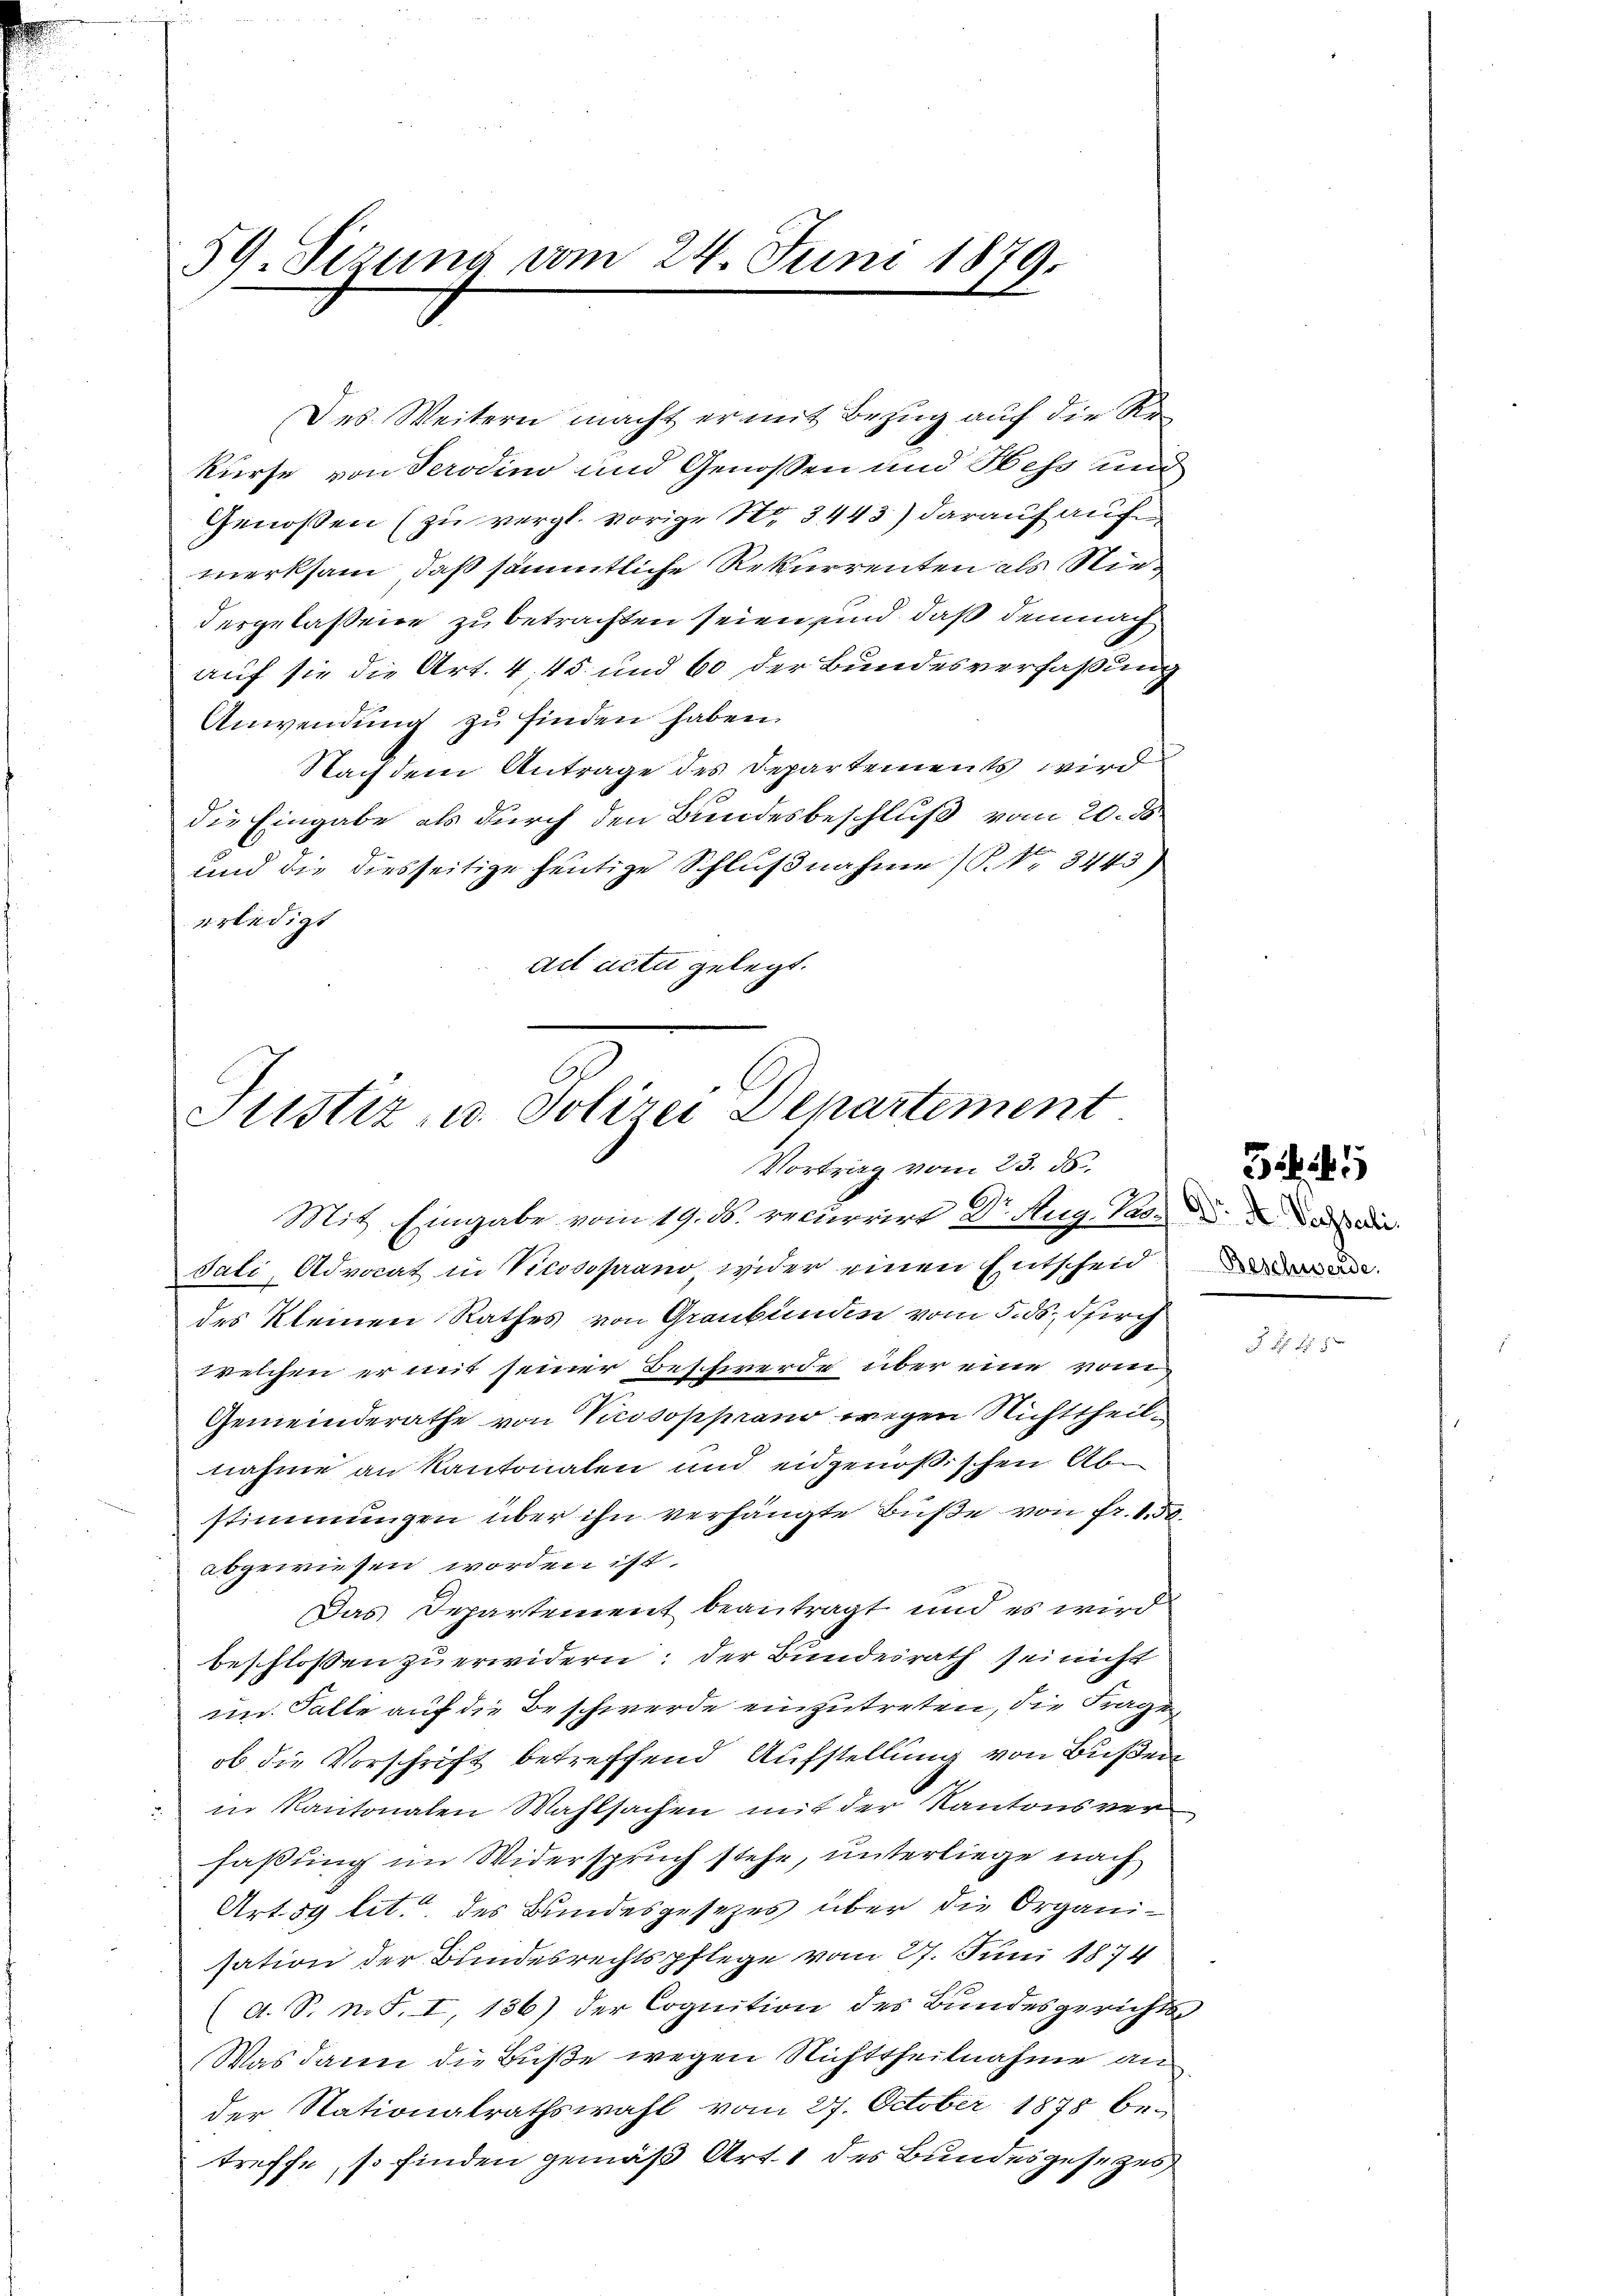
59. Sizung vom 24. Juni 1879.

Des Weitern macht er mit Bezug auf die Rekurse von Serodino und Genoßen und Hess und
Genossen (zu vergl. vorige Str. 3443) darauf auf
merksam, daß sämmtliche Rekurrenten als Niedergelassene zu betrachten seien sind, daß demnach
auf sie die Art. 445 und 60 der Bundesverfaßung
Anwendung zu finden haben.
Nachdem Antrage des Departements wird
die Eingabe als durch den Bundesbeschluß vom 20. d
und die diesseitige heutige Schlußnahme) P. Nr. 3443)
erledigt
ad acta gelegt.

Sistiz- u. Polizei Departement
Vortrag vom 23. ds.
Mit. Eingabe vom 19. ds. recurrirt Dr. Aug. 120. d. d. das die

Sati, Advocat in Vicosoprano, wider einen Entscheid
des Kleinen Rathes von Graubünden vom 5. ds. durch
welchen er mit seiner Beschwerde über eine vom
Gemeinderathe von Vicosopprano wegen Nichttheilnahme an Kantonalen und eidgenößischen Abstimmungen über ihn verhängte Buße von Fr. 150
abgewiesen worden ist.
Das Departement beantragt und es wird
beschlossen zu erwidern: der Bundesrath sei nicht
im Falle auf die Beschwerde einzutreten, die Fragen
ob die Vorschrift betreffend Aufstellung von Bußen
in Kantonalen Wahlsachen mit der Kantonsver
faßung im Widerspruch stehe, unterliege nach
Art. 59 lit. des Bundesgesezes über die Organisation der Bundesrechtspflege vom 27. Juni 1874
(d. S. m. S. I, 136) der Cognition des Bundesgerichts-
Was dann die Buße wegen Nichttheilnahme an
der Nationalrathswahl vom 27. October 1878 be-
treffe, so finden gemäß Art. 1 des Bundesgesetzes

Beschwerde.

45